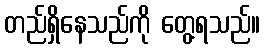
တည်ရှိနေသည်ကို တွေ့ရသည်။